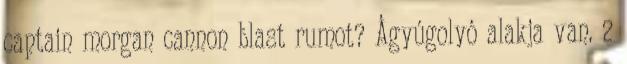
captain morgan cannon blast rumot? Ágyúgolyó alakja van. 2